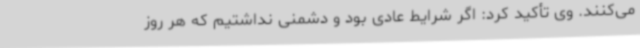
می‌کنند. وی تأکید کرد: اگر شرایط عادی بود و دشمنی نداشتیم که هر روز